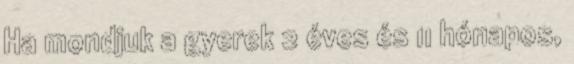
Ha mondjuk a gyerek 2 éves és 11 hónapos,